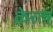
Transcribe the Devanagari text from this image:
केरलं